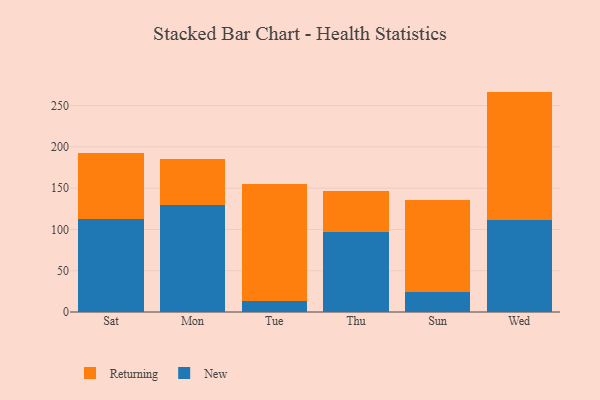
{"axis": {"x": "Day", "y": "Budget (USD K)"}, "legend": ["New", "Returning"], "data": [{"x": "Sat", "y": 112.9, "type": "New"}, {"x": "Sat", "y": 80.1, "type": "Returning"}, {"x": "Mon", "y": 129.9, "type": "New"}, {"x": "Mon", "y": 54.9, "type": "Returning"}, {"x": "Tue", "y": 13.6, "type": "New"}, {"x": "Tue", "y": 140.9, "type": "Returning"}, {"x": "Thu", "y": 97.3, "type": "New"}, {"x": "Thu", "y": 49.5, "type": "Returning"}, {"x": "Sun", "y": 24.4, "type": "New"}, {"x": "Sun", "y": 110.8, "type": "Returning"}, {"x": "Wed", "y": 111.5, "type": "New"}, {"x": "Wed", "y": 155.5, "type": "Returning"}]}